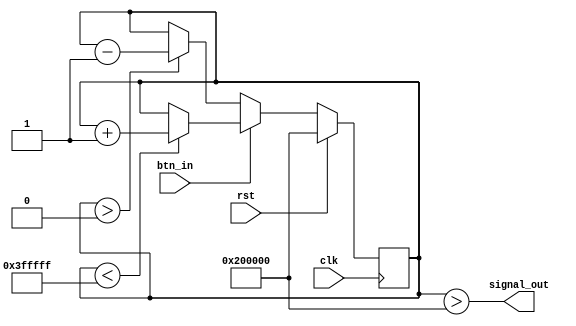
// Anton: if debouncing the reset button, don't put the debounced
// signal on the rst pin
module Debouncer(
	input  wire btn_in,
	output wire signal_out,
	input  wire clk,
	input  wire rst 
);
	reg [21:0] counter;

	assign signal_out = (counter > 22'b1000000000000000000000);

	always @(posedge clk) begin
		if (rst) begin
			counter <= 22'b1000000000000000000000;
		end else if (btn_in) begin
			if (counter < 22'b1111111111111111111111) begin
				counter <= counter + 1;
			end
		end else if (~btn_in) begin
			if (counter > 22'b0000000000000000000000) begin
				counter <= counter - 1;
			end
		end
	end
endmodule